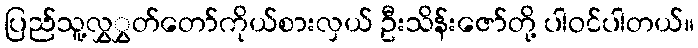
ပြည်သူ့လွှွှတ်တော်ကိုယ်စားလှယ် ဦးသိန်းဇော်တို့ ပါဝင်ပါတယ်။